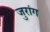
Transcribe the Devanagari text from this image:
जुरांग